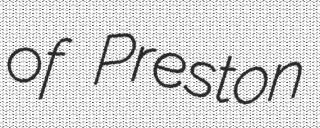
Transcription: of Preston